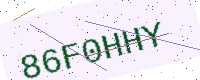
Text: 86F0HHY